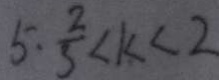
5 . \frac { 2 } { 5 } < k < 2